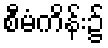
စီမံကိန်း၌